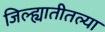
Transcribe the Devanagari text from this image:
जिल्ह्यातीतल्या